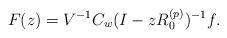
LaTeX: \begin{align*}F(z)=V^{-1}C_w(I-zR_0^{(p)})^{-1}f.\end{align*}